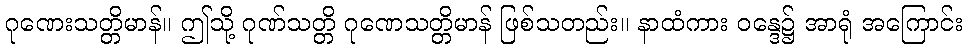
ဂုဏေးသတ္တိမာန်။ ဤသို့ ဂုဏ်သတ္တိ ဂုဏေသတ္တိမာန် ဖြစ်သတည်း။ နာထံကား ဝန္ဒေ၌ အာရုံ အကြောင်း